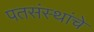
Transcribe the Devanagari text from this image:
पतसंस्थांचे